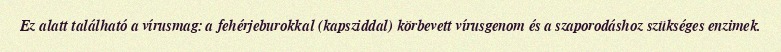
Ez alatt található a vírusmag: a fehérjeburokkal (kapsziddal) körbevett vírusgenom és a szaporodáshoz szükséges enzimek.